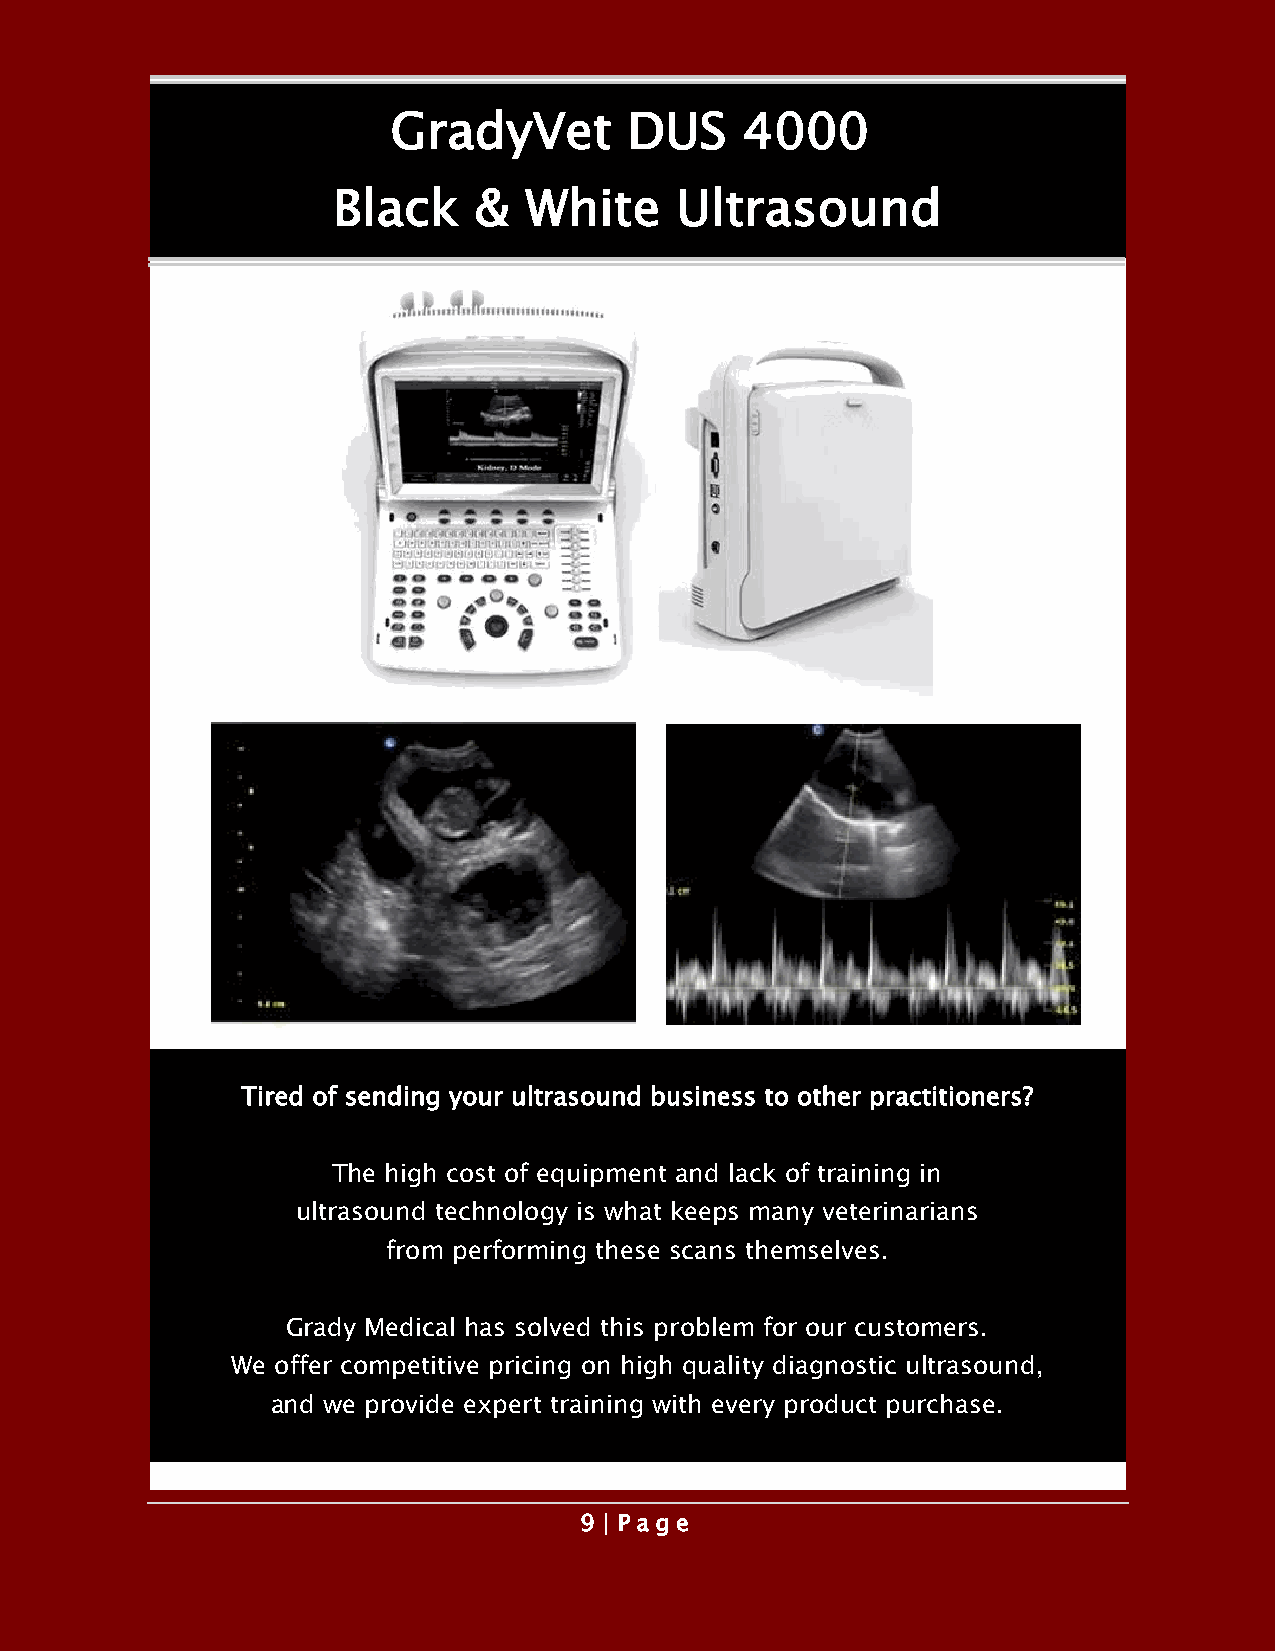
GradyVet        DUS    4000
 Black    &   White     Ultrasound
 Tired of sending your ultrasound business to other practitioners?
 The high cost of equipment and lack of training in
 ultrasound technology is what keeps many veterinarians
 from performing these scans themselves.
 Grady Medical has solved this problem for our customers.
 We offer competitive pricing on high quality diagnostic ultrasound,
 and we provide expert training with every product purchase.
 9 | P a ge